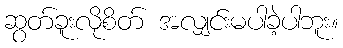
ဆွတ်ခူးလိုစိတ် အလျှင်းမပါခဲ့ပါဘူး။